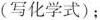
( 写化学式 )；